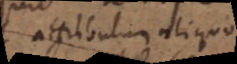
attributum aliquod